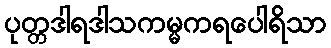
ပုတ္တဒါရဒါသကမ္မကရပေါရိသာ